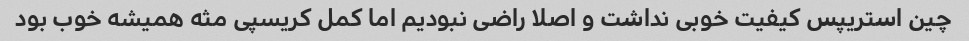
چین استریپس کیفیت خوبى نداشت و اصلا راضى نبودیم اما کمل کریسپى مثه همیشه خوب بود